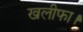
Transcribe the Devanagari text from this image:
खलीफा।